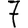
Digit: 7